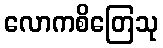
လောကစိတြေသု